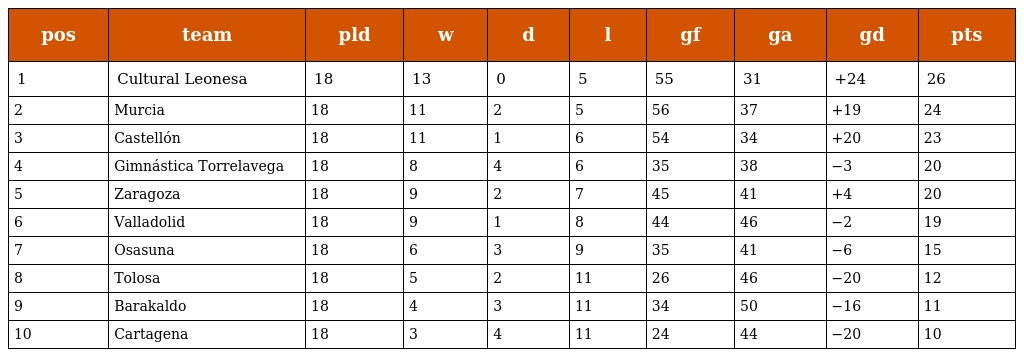
| pos | team | pld | w | d | l | gf | ga | gd | pts |
 | --- | --- | --- | --- | --- | --- | --- | --- | --- | --- |
 | 1 | Cultural Leonesa | 18 | 13 | 0 | 5 | 55 | 31 | +24 | 26 |
 | 2 | Murcia | 18 | 11 | 2 | 5 | 56 | 37 | +19 | 24 |
 | 3 | Castellón | 18 | 11 | 1 | 6 | 54 | 34 | +20 | 23 |
 | 4 | Gimnástica Torrelavega | 18 | 8 | 4 | 6 | 35 | 38 | −3 | 20 |
 | 5 | Zaragoza | 18 | 9 | 2 | 7 | 45 | 41 | +4 | 20 |
 | 6 | Valladolid | 18 | 9 | 1 | 8 | 44 | 46 | −2 | 19 |
 | 7 | Osasuna | 18 | 6 | 3 | 9 | 35 | 41 | −6 | 15 |
 | 8 | Tolosa | 18 | 5 | 2 | 11 | 26 | 46 | −20 | 12 |
 | 9 | Barakaldo | 18 | 4 | 3 | 11 | 34 | 50 | −16 | 11 |
 | 10 | Cartagena | 18 | 3 | 4 | 11 | 24 | 44 | −20 | 10 |